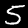
Digit: 5